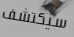
سيكتشف